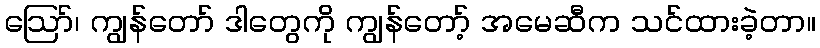
ဪ၊ ကျွန်တော် ဒါတွေကို ကျွန်တော့် အမေဆီက သင်ထားခဲ့တာ။